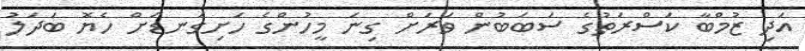
އަދި ޒުމްބާ ކަސްރަތުގެ ސަބަބުން ވަރަށް ގިނަ މީހުންގެ ހަށިގަނޑަށް ހެޔޮ ބަދަލު